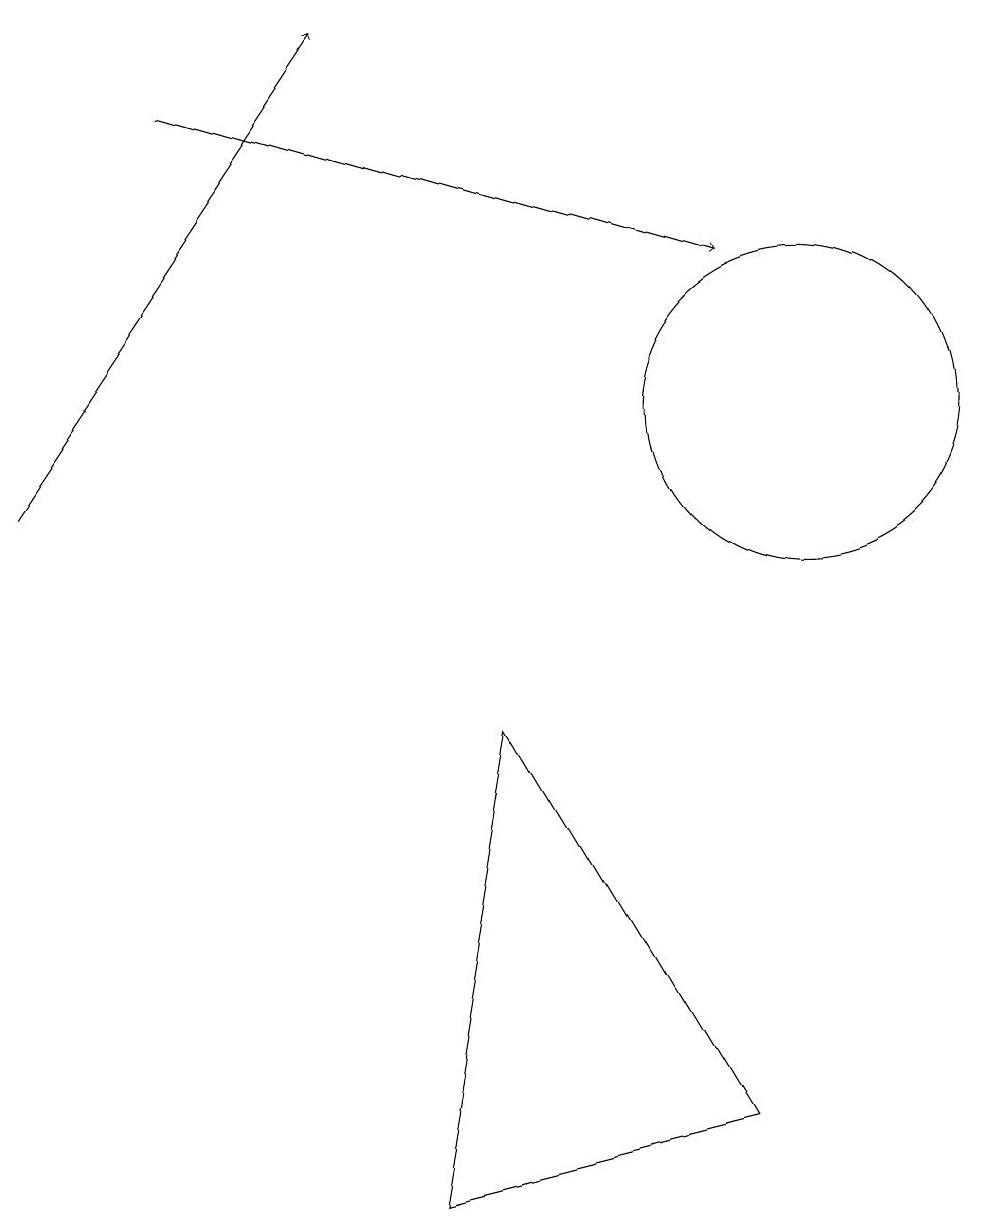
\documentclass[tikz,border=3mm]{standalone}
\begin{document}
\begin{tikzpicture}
\draw (10,12) circle (2);
\draw (5,2) -- (9,3) -- (6,8) -- cycle;
\draw[->] (0,11) -- (4,17);
\draw[->] (2,16) -- (9,14);
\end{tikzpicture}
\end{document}